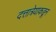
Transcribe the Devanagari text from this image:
दत्तात्रेयाकडून